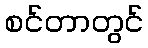
စင်တာတွင်